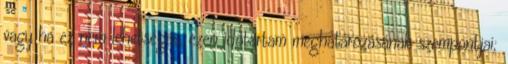
vagy ha ez nem lehetséges, ezen időtartam meghatározásának szempontjai;